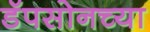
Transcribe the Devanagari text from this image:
डॅपसोनच्या